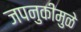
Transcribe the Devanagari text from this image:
जपनुकीमुळे